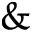
\&